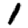
Digit: 1